Vaccine operations Central Provinces & Berar 1922-1929 - 1922-1929
Year: 1922
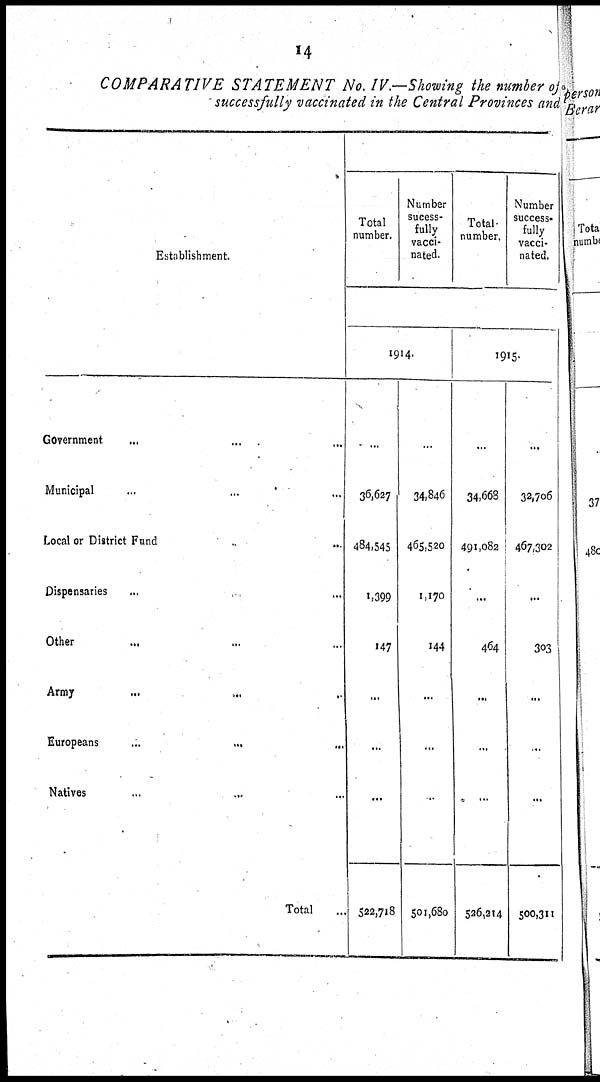
14
COMPARATIVE STATEMENT No. IV.— Showing the number of
successfully vaccinated in the Central Provinces and
Establishment.
Government... ... ...
Municipal... ... ...
Local or District Fund... ... ...
Dispensaries... ...
Other... ...
Army...
...
...
Europeans... ...
Natives... ...
Total...
Total
number.
Number
sucess¬
fully
vacci-
nated.
Total
number.
Number
success¬
fully
vacci-
nated.
1914.
...
36,627
484,545
1,399
147
...
...
...
522,718
...
34,846
465,520
1,170
144
...
...
...
501,680
1915·
...
34,668
491,082
...
464
...
...
...
526,214
...
32,706
467,302
...
303
...
...
...
500,311